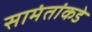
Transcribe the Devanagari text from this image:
सामंतांकडे